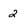
Character: 2